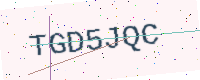
Text: TGD5JQC